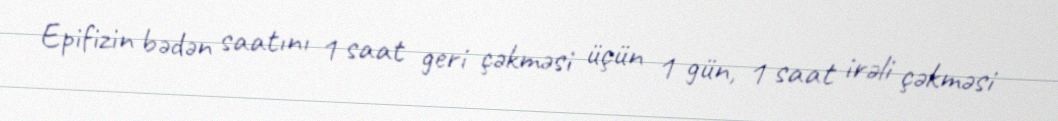
Epifizin bədən saatını 1 saat geri çəkməsi üçün 1 gün, 1 saat irəli çəkməsi